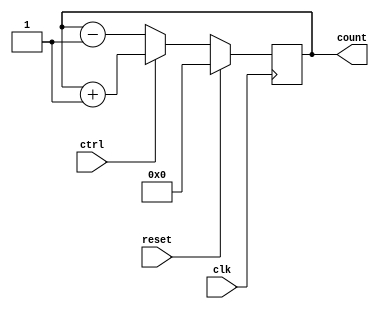
module iiitb_bidicntr(count,clk,ctrl,reset);
	input clk,reset,ctrl;
	output reg [3:0] count;
	always@(posedge clk)
		begin
		if(reset) count<=0;
		else if(ctrl) count<=count+1;
		else count<=count-1;
	end
endmodule